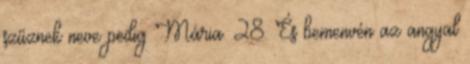
szűznek neve pedig Mária. 28. És bemenvén az angyal